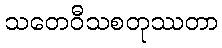
သတေဝီသစတုဿတာ